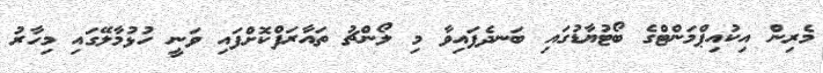
މެރިން އިކުއިޕްމަންޓްގެ ބޯޓުޔާޑުގައި ބަނދެފައިވާ މި ލޯންޗު ތައާރަފްކޮށްފައި ވަނީ ހުޅުމާލޭގައި މިހާރު